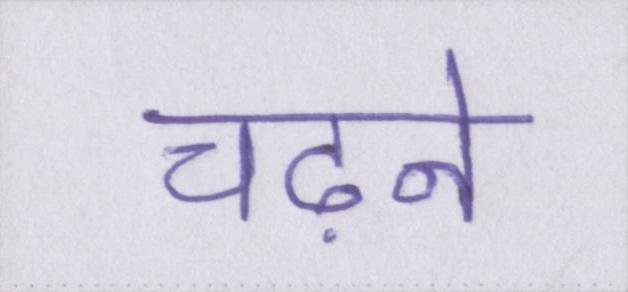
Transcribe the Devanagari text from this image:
चढ़ने